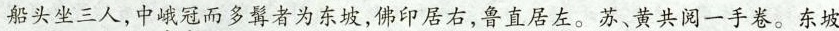
船头坐三人，中峨冠而多髯者为东坡，佛印居右，鲁直居左。苏、黄共阅一手卷。东坡